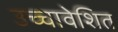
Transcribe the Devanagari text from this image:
उच्चावेशित